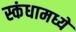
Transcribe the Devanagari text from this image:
स्कंधामध्ये